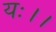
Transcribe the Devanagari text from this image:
यः।।